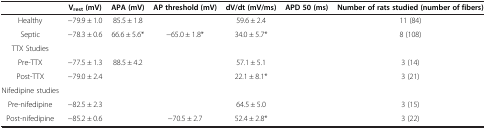
<table><thead><tr><td>[EMPTY_CELL]</td><td><b>V<sub>rest </sub>(mV)</b></td><td><b>APA (mV)</b></td><td><b>AP threshold (mV)</b></td><td><b>dV/dt (mV/ms)</b></td><td><b>APD 50 (ms)</b></td><td><b>Number of rats studied (number of fibers)</b></td></tr></thead><tbody><tr><td>Healthy</td><td>−79.9 ± 1.0</td><td>85.5 ± 1.8</td><td>[EMPTY_CELL]</td><td>59.6 ± 2.4</td><td>[EMPTY_CELL]</td><td>11 (84)</td></tr><tr><td>Septic</td><td>−78.3 ± 0.6</td><td>66.6 ± 5.6*</td><td>−65.0 ± 1.8*</td><td>34.0 ± 5.7*</td><td>[EMPTY_CELL]</td><td>8 (108)</td></tr><tr><td>TTX Studies</td><td>[EMPTY_CELL]</td><td>[EMPTY_CELL]</td><td>[EMPTY_CELL]</td><td>[EMPTY_CELL]</td><td>[EMPTY_CELL]</td><td>[EMPTY_CELL]</td></tr><tr><td>Pre-TTX</td><td>−77.5 ± 1.3</td><td>88.5 ± 4.2</td><td>[EMPTY_CELL]</td><td>57.1 ± 5.1</td><td>[EMPTY_CELL]</td><td>3 (14)</td></tr><tr><td>Post-TTX</td><td>−79.0 ± 2.4</td><td>[EMPTY_CELL]</td><td>[EMPTY_CELL]</td><td>22.1 ± 8.1*</td><td>[EMPTY_CELL]</td><td>3 (21)</td></tr><tr><td>Nifedipine studies</td><td>[EMPTY_CELL]</td><td>[EMPTY_CELL]</td><td>[EMPTY_CELL]</td><td>[EMPTY_CELL]</td><td>[EMPTY_CELL]</td><td>[EMPTY_CELL]</td></tr><tr><td>Pre-nifedipine</td><td>−82.5 ± 2.3</td><td>[EMPTY_CELL]</td><td>[EMPTY_CELL]</td><td>64.5 ± 5.0</td><td>[EMPTY_CELL]</td><td>3 (15)</td></tr><tr><td>Post-nifedipine</td><td>−85.2 ± 0.6</td><td>[EMPTY_CELL]</td><td>−70.5 ± 2.7</td><td>52.4 ± 2.8*</td><td>[EMPTY_CELL]</td><td>3 (22)</td></tr></tbody></table>